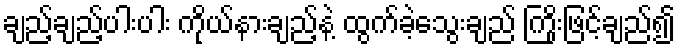
ချည့်ချည့်ပါးပါး ကိုယ်နားချည့်နဲ့ ထွက်ခဲ့သွေးချည် ကြိုးဖြင့်ချည်၍